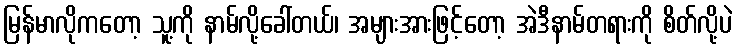
မြန်မာလိုကတော့ သူ့ကို နာမ်လို့ခေါ်တယ်၊ အများအားဖြင့်တော့ အဲဒီနာမ်တရားကို စိတ်လို့ပဲ